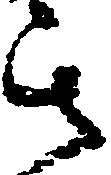
其